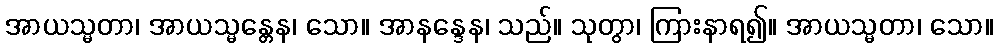
အာယသ္မတာ၊ အာယသ္မန္တေန၊ သော။ အာနန္ဒေန၊ သည်။ သုတွာ၊ ကြားနာရ၍။ အာယသ္မတာ၊ သော။